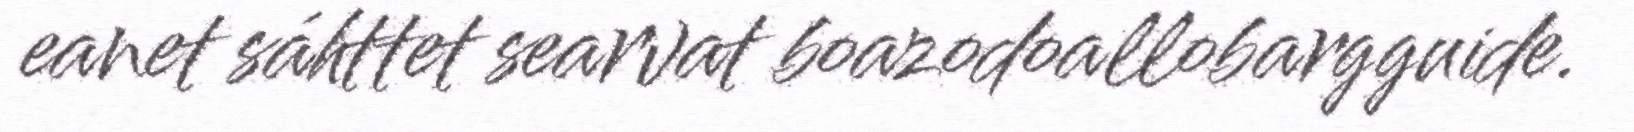
eanet sáhttet searvat boazodoallobargguide.